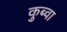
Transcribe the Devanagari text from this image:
कुब्वा